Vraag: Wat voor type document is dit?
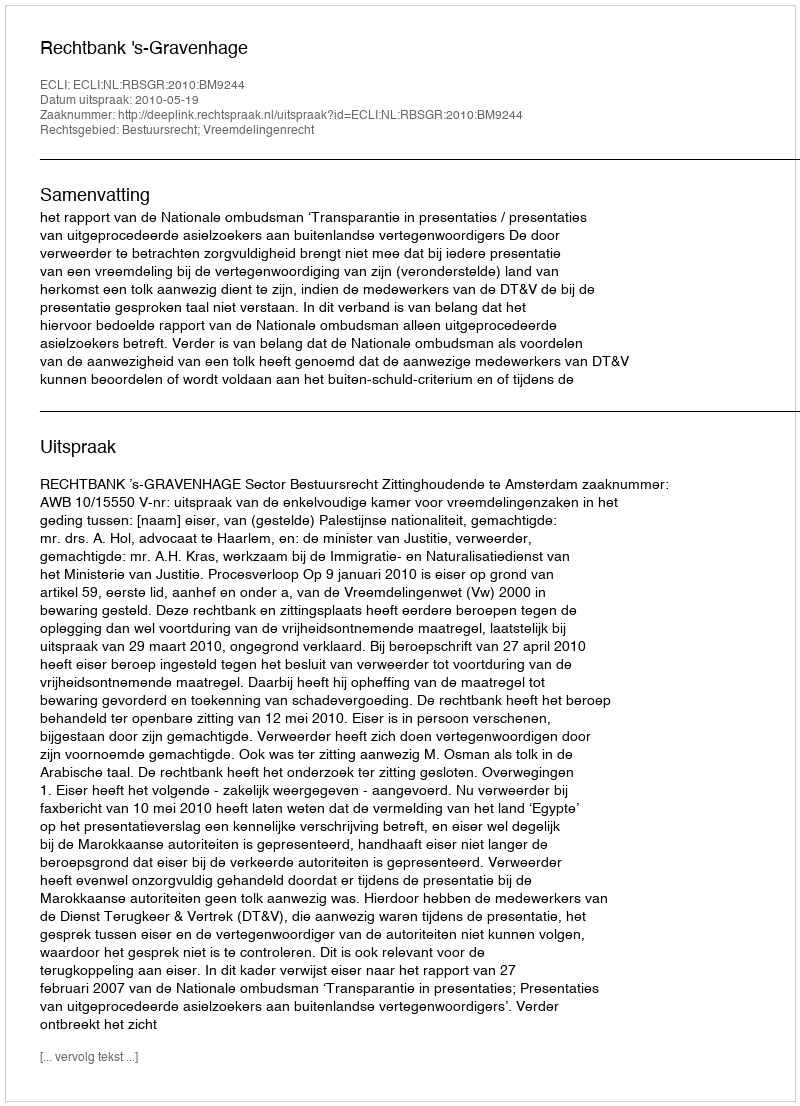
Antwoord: Uitspraak